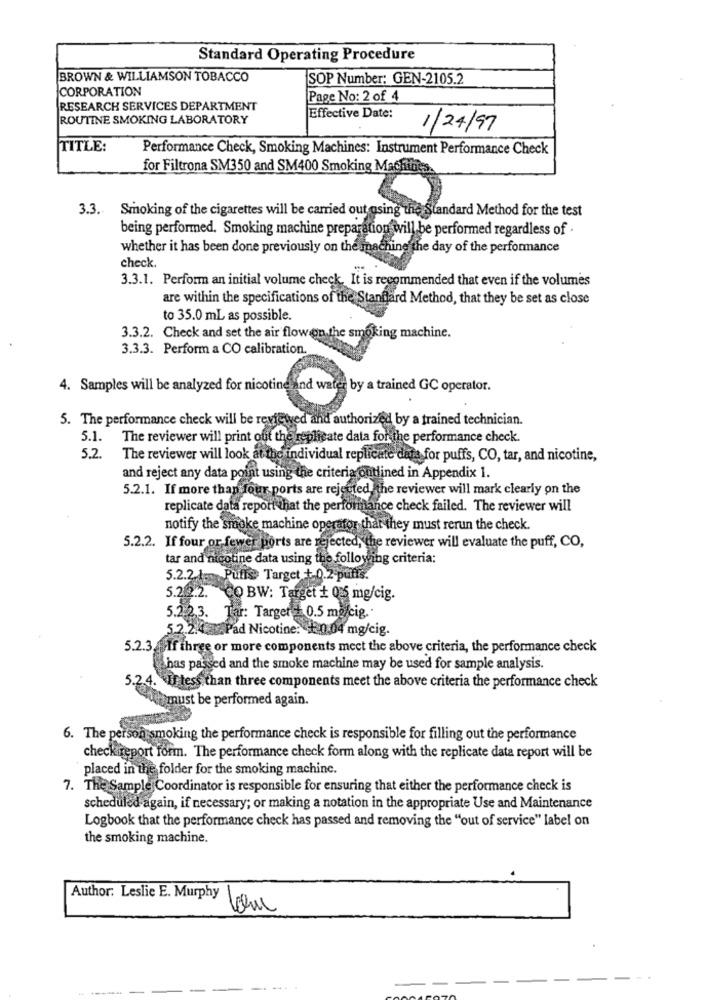
Standard Operating Procedure
BROWN & WILLIAMSON TOBACCO
SOP Number: GEN-2105.2
CORPORATION
Page No: 2 of 4
RESEARCH SERVICES DEPARTMENT
ROUTINE SMOKING LABORATORY
Effective Date:
1/24/97
TITLE:
Performance Check, Smoking Machines: Instrument Performance Check
for Filtrona SM350 and SM400 Smoking Machin
3.3. Smoking of the cigarettes will be carried out osing the Standard Method for the test
being performed. Smoking machine preparation will be performed regardless of .
whether it has been done previously on the machine the day of the performance
check.
3.3.1. Perform an initial volume check. It is recommended that even if the volumes
are within the specifications of the Standard Method, that they be set as close
to 35.0 mL as possible.
3.3.2. Check and set the air flowon the smoking machine.
3.3.3. Perform a CO calibration.
4. Samples will be analyzed for nicotine and water by a trained GC operator.
5. The performance check will be reviewed and authorized by a trained technician.
5.1.
The reviewer will print out the replicate data for the performance check.
5.2.
The reviewer will look at the individual replicate data for puffs, CO, tar, and nicotine,
and reject any data point using the criteria outlined in Appendix 1.
5.2.1. If more than four ports are rejected, the reviewer will mark clearly on the
replicate data report that the performance check failed. The reviewer will
notify the smoke machine operator that they must rerun the check.
5.2.2. If four or fewer ports are rejected, the reviewer will evaluate the puff, CO,
tar and nicotine data using the following criteria:
5.2.2 1. Puffs Target + 0.2-puffs.
5.2 2.2. CO BW: Target + 0.5 mg/cig.
5.2.2.3. Tar: Target = 0.5 mg/cig.
5.2.2.4. 2 Pad Nicotine: 0.04 mg/cig.
5.2.3. If three or more components mect the above criteria, the performance check
has passed and the smoke machine may be used for sample analysis.
5.2.4. I tess than three components meet the above criteria the performance check
Both must be performed again.
6. The person smoking the performance check is responsible for filling out the performance
checkireport form. The performance check form along with the replicate data report will be
placed in the folder for the smoking machine.
7. The Sample Coordinator is responsible for ensuring that either the performance check is
scheduled again, if necessary; or making a notation in the appropriate Use and Maintenance
Logbook that the performance check has passed and removing the "out of service" label on
the smoking machine.
Author: Leslie E. Murphy